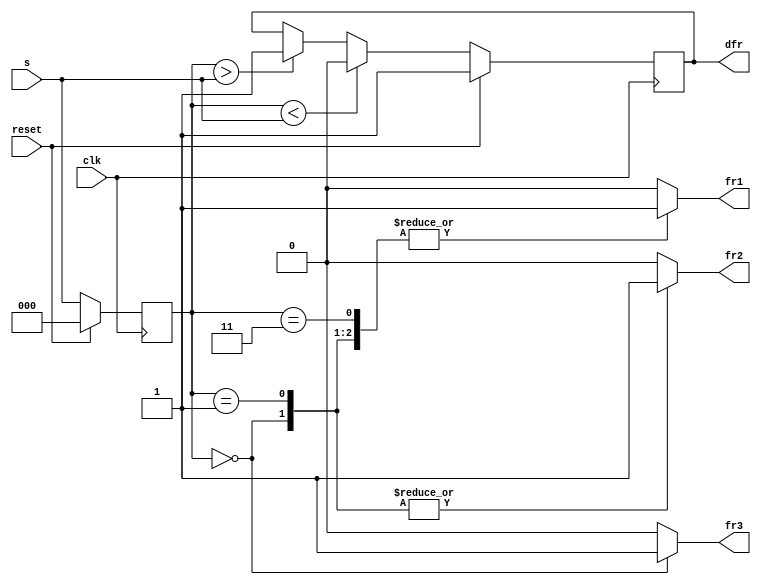
module top_module (
    input clk,
    input reset,
    input [3:1] s,
    output fr3,
    output fr2,
    output fr1,
    output dfr
); 
    reg [2:0]state;
  
    always@(*)begin
        case(state)
            3'b000: begin
                fr3 = 1;
                fr2 = 1;
                fr1 = 1;
            end
            3'b001:begin
                fr3 = 0;
                fr2 = 1;
                fr1 = 1;
            end
            3'b011:begin
                fr3 = 0;
                fr2 = 0;
                fr1 = 1;
            end
            3'b111:begin
                fr3 = 0;
                fr2 = 0;
                fr1 = 0;
            end
            default:begin
                fr3 = 0;
                fr2 = 0;
                fr1 = 0;
            end
        endcase
    end
    always@(posedge clk)begin
        if(reset)begin
            state <= 3'b000;
            dfr <= 1;
        end else begin
            state <= s;
            dfr <= (state<s)?1'b0:(state>s)?1'b1:dfr;
        end
        

    end
endmodule